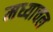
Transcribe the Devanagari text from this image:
मध्याचल